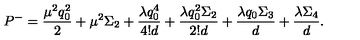
P ^ { - } = { \frac { \mu ^ { 2 } q _ { 0 } ^ { 2 } } { 2 } } + \mu ^ { 2 } \Sigma _ { 2 } + { \frac { \lambda q _ { 0 } ^ { 4 } } { 4 ! d } } + { \frac { \lambda q _ { 0 } ^ { 2 } \Sigma _ { 2 } } { 2 ! d } } + { \frac { \lambda q _ { 0 } \Sigma _ { 3 } } { d } } + { \frac { \lambda \Sigma _ { 4 } } { d } } .